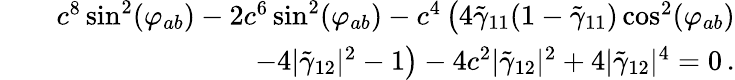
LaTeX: \begin{array}{rlr}&{}&{c^{8}\sin^{2}(\varphi_{ab})-2c^{6}\sin^{2}(\varphi_{ab})-c^{4}\left(4\tilde{\gamma}_{11}(1-\tilde{\gamma}_{11})\cos^{2}(\varphi_{ab})\right.}\\ &{}&{\left.-4|\tilde{\gamma}_{12}|^{2}-1\right)-4c^{2}|\tilde{\gamma}_{12}|^{2}+4|\tilde{\gamma}_{12}|^{4}=0\, .}\end{array}